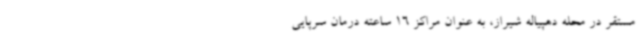
مستقر در محله دهپیاله شیراز، به عنوان مراکز 16 ساعته درمان سرپایی